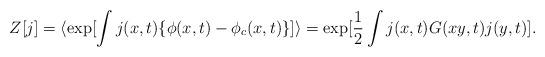
LaTeX: \begin{align*}Z[j] = \langle \exp[\int j(x,t) \{ \phi(x,t) - \phi_c(x,t) \} ] \rangle = \exp[\frac{1}{2} \int j(x,t) G(xy,t) j(y,t)].\end{align*}